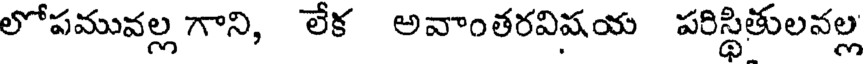
లోపమువల్ల గాని, లేక అవాంతరవిషయ పరిస్థితులవల్ల